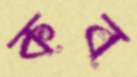
কব